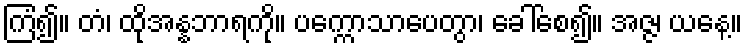
ကြံ၍။ တံ၊ ထိုအန္နဘာရကို။ ပက္ကောသာပေတွာ၊ ခေါ်စေ၍။ အဇ္ဇ၊ ယနေ့။